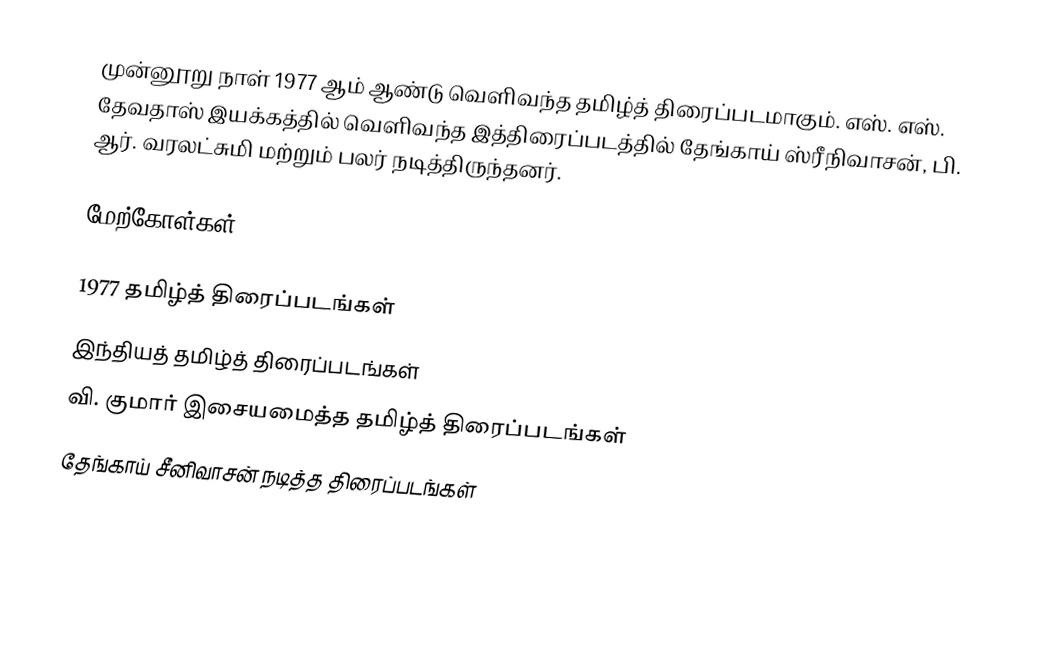
முன்னூறு நாள் 1977 ஆம் ஆண்டு வெளிவந்த தமிழ்த் திரைப்படமாகும். எஸ். எஸ். தேவதாஸ் இயக்கத்தில் வெளிவந்த இத்திரைப்படத்தில் தேங்காய் ஸ்ரீநிவாசன், பி. ஆர். வரலட்சுமி மற்றும் பலர் நடித்திருந்தனர்.

மேற்கோள்கள்

1977 தமிழ்த் திரைப்படங்கள்
இந்தியத் தமிழ்த் திரைப்படங்கள்
வி. குமார் இசையமைத்த தமிழ்த் திரைப்படங்கள்
தேங்காய் சீனிவாசன் நடித்த திரைப்படங்கள்